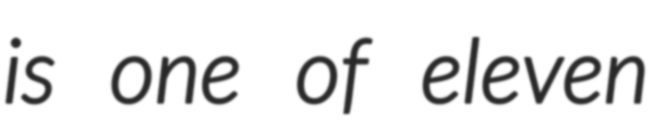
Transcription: is one of eleven